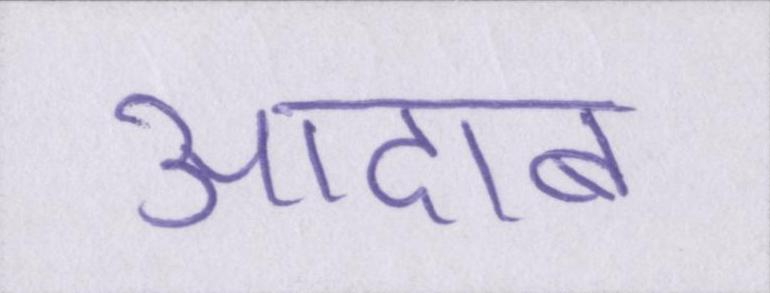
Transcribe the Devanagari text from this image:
आदाब